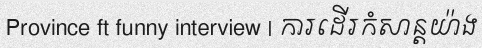
Province ft funny interview | ការដើរកំសាន្តយ៉ាង